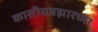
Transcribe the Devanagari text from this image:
कासीमबझारच्या